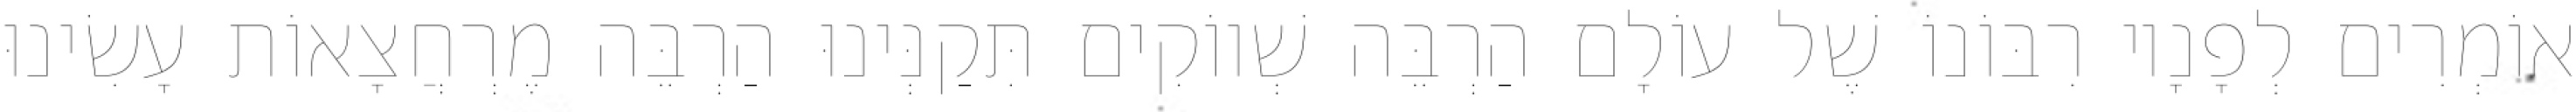
אוֹמְרִים לְפָנָיו רִבּוֹנוֹ שֶׁל עוֹלָם הַרְבֵּה שְׁווֹקִים תִּקַנְּינוּ הַרְבֵּה מֶרְחֲצָאוֹת עָשִׂינוּ